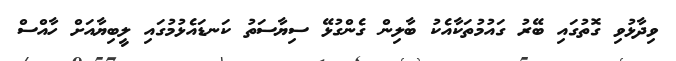
ވިދާޅުވި ގޮތުގައި ބޭރު ގައުމުތަކާއެކު ބާލިން ގެންގުޅޭ ސިޔާސަތު ކަނޑައެޅުމުގައި ލީބިޔާއަށް ހާއްސް